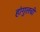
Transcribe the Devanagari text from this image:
हांगुलची